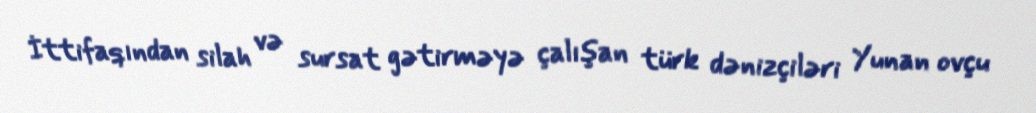
İttifaqından silah və sursat gətirməyə çalışan türk dənizçiləri Yunan ovçu